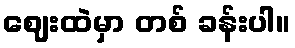
ဈေးထဲမှာ တစ် ခန်းပါ။